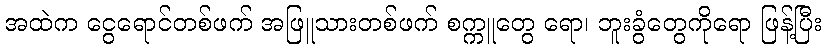
အထဲက ငွေရောင်တစ်ဖက် အဖြူသားတစ်ဖက် စက္ကူတွေ ရော၊ ဘူးခွံတွေကိုရော ဖြန့်ပြီး